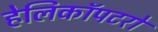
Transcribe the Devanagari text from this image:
हेलिकॉपटरों